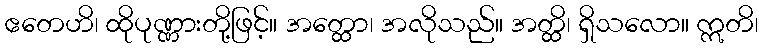
ဧတေဟိ၊ ထိုပုဏ္ဏားတို့ဖြင့်။ အတ္ထော၊ အလိုသည်။ အတ္ထိ၊ ရှိသလော။ ဣတိ၊